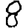
Digit: 8